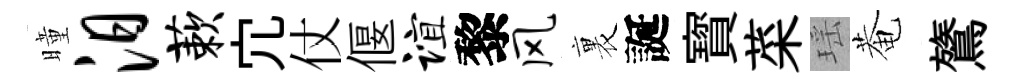
曈汨蔌宂仗偃谊黎风裏誕寳菜瑶菴鷟